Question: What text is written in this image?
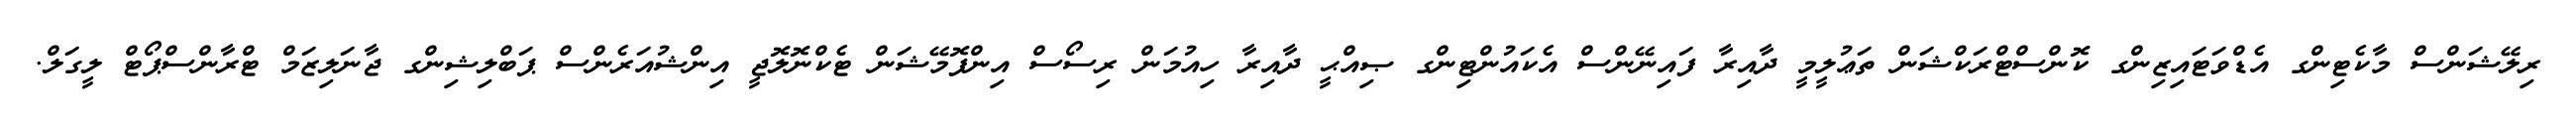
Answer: ރިލޭޝަންސް މާކެޓިންގ އެޑްވަޓައިޒިންގ ކޮންސްޓްރަކްޝަން ތަޢުލީމީ ދާއިރާ ފައިނޭންސް އެކައުންޓިންގ ޞިއްޙީ ދާއިރާ ހިއުމަން ރިސޯސް އިންފޮމޭޝަން ޓެކްނޮލޮޖީ އިންޝުއަރެންސް ޕަބްލިޝިންގ ޖާނަލިޒަމް ޓްރާންސްޕޯޓް ލީގަލް.